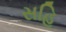
સહિ